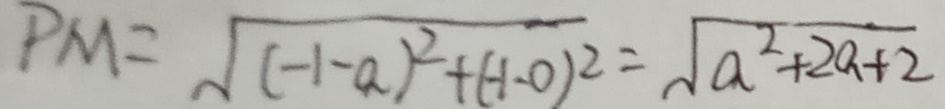
P M = \sqrt { ( - 1 - a ) ^ { 2 } + ( - 1 - 0 ) ^ { 2 } } = \sqrt { a ^ { 2 } + 2 a + 2 }